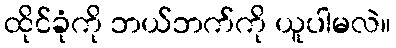
ထိုင်ခုံကို ဘယ်ဘက်ကို ယူပါမလဲ။